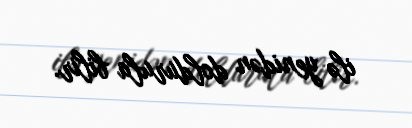
ilə yenidən doldurula bilir.